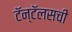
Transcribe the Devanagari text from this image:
टॅन्टॅलसची